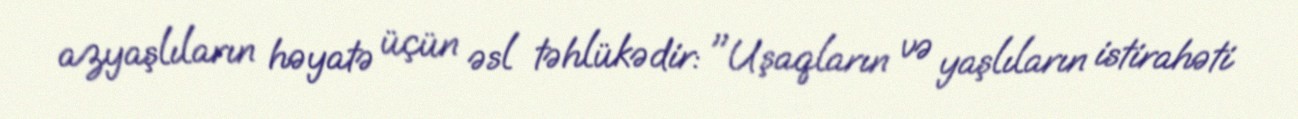
azyaşlıların həyatə üçün əsl təhlükədir: "Uşaqların və yaşlıların istirahəti